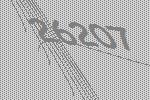
26207